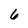
Character: 6